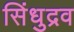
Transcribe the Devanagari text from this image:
सिंधुद्रव